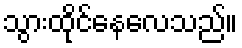
သွားထိုင်နေလေသည်။